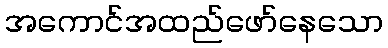
အကောင်အထည်ဖော်နေသော